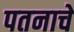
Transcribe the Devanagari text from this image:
पतनाचे